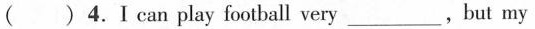
()4.I can play football very___,but my